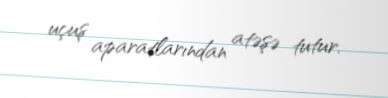
uçuş aparatlarından atəşə tutur.